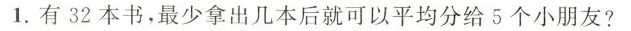
1.有32本书，最少拿出几本后就可以平均分给5个小朋友?